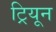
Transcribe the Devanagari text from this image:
ट्रियून